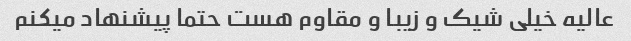
عالیه خیلی شیک و زیبا و مقاوم هست حتما پیشنهاد میکنم